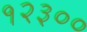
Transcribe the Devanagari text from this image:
१२३००